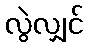
လွဲလျှင်